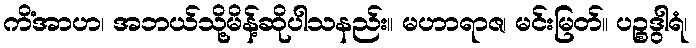
ကိံအာဟ၊ အဘယ်သို့မိန့်ဆိုပါသနည်း။ မဟာရာဇ၊ မင်းမြတ်။ ပဉ္စဒွါရံ၊